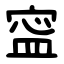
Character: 寍